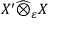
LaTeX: X ^ { \prime } { \widehat { \otimes } } _ { \varepsilon } X